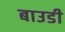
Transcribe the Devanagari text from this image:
बाउडी